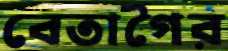
বেতাগৈর